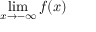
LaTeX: \operatorname* { l i m } _ { x \to - \infty } f ( x )